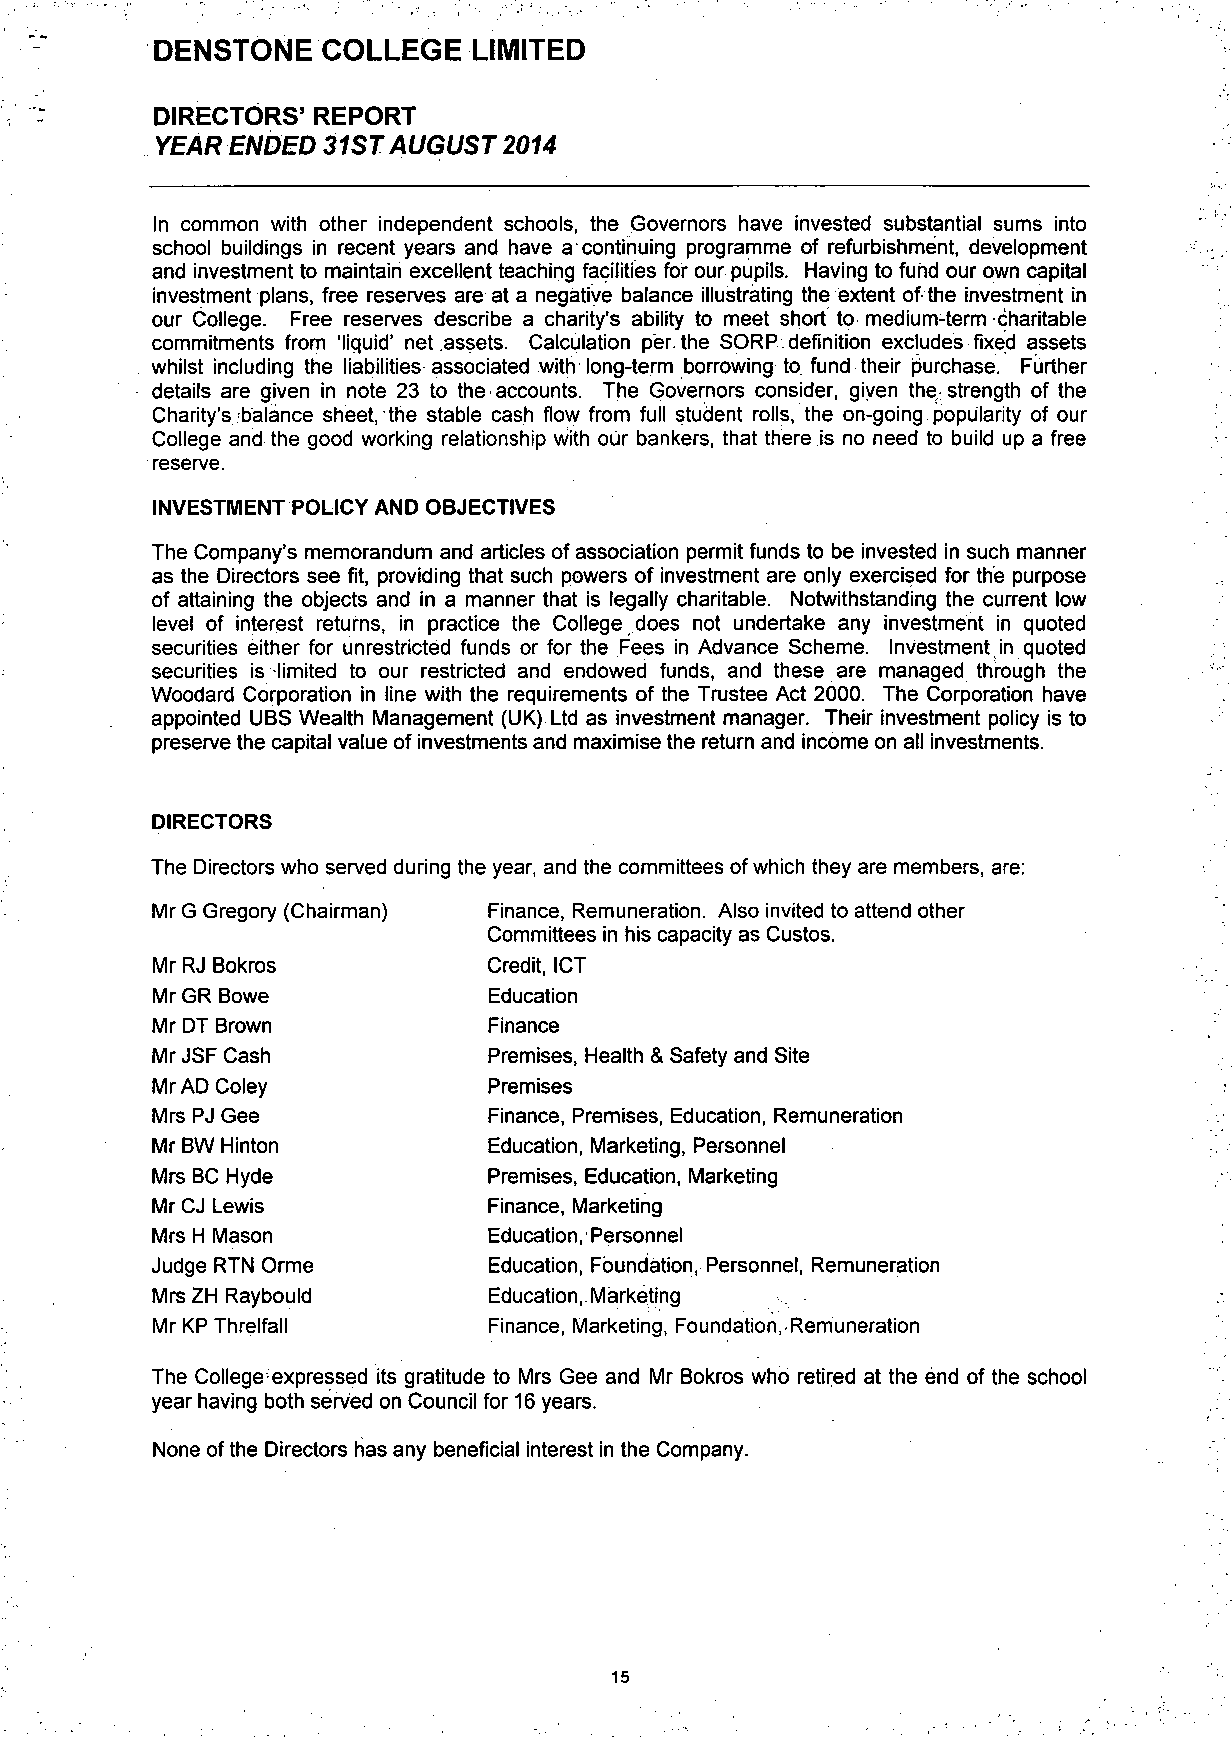
DENSTONE   COLLEGE   LIMITED
 DIRECTORS' REPORT
 YEAR  ENDED  31 ST AUGUST 2014
 In common with other independent schools, the Governors have invested substantial sums into
 school buildings in recent years and have a continuing programme of refurbishment, development
 and investment to maintain excellent teaching facilities for our pupils. Having to fund our own capital
 investment plans, free reserves are at a negative balance illustrating the extent of the investment in
 our College. Free reserves describe a charity's ability to meet short to medium-term charitable
 commitments from 'liquid' net assets. Calculation per. the SORP definition excludes fixed assets
 whilst including the liabilities associated with long-term borrowing to. fund their purchase. Further
 details are given in note 23 to the accounts. The Governors consider, given the strength of the
 :
 Charity's./balance sheet, the stable cash flow from full student rolls, the on-going, popularity of our
 College and the good working relationship with our bankers, that there is no need to build up a free
 reserve.
 INVESTMENT POLICY AND OBJECTIVES
 The Company's memorandum and articles of association permit funds to be invested in such manner
 as the Directors see fit, providing that such powers of investment are only exercised for the purpose
 of attaining the objects and in a manner that is legally charitable. Notwithstanding the current low
 level of interest returns, in practice the College does not undertake any investment in quoted
 securities either for unrestricted funds or for the Fees in Advance Scheme. Investment.in quoted
 securities is limited to our restricted and endowed funds, and these are managed through the
 Woodard Corporation in line with the requirements of the Trustee Act 2000. The Corporation have
 appointed UBS Wealth Management (UK) Ltd as investment manager. Their investment policy is to
 preserve the capital value of investments and maximise the return and income on all investments.
 DIRECTORS
 The Directors who served during the year, and the committees of which they are members, are:
 Mr G Gregory (Chairman) Finance, Remuneration. Also invited to attend other
 Committees in his capacity as Custos.
 Mr RJ Bokros          Credit, ICT
 Mr GR Bowe            Education
 Mr DT Brown           Finance
 Mr JSF Cash           Premises, Health & Safety and Site
 Mr AD Coley           Premises
 Mrs PJ Gee            Finance, Premises, Education, Remuneration
 Mr BW Hinton          Education, Marketing, Personnel
 Mrs BC Hyde           Premises, Education, Marketing
 Mr CJ Lewis           Finance, Marketing
 Mrs H Mason           Education, Personnel
 Judge RTN Orme        Education, Foundation, Personnel, Remuneration
 Mrs ZH Raybould       Education,. Marketing
 Mr KP Threlfall       Finance, Marketing, Foundation, Remuneration
 The College expressed its gratitude to Mrs Gee and Mr Bokros who retired at the end of the school
 year having both served on Council for 16 years.
 None of the Directors has any beneficial interest in the Company.
 15